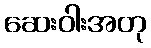
ဆေးဝါးအတု